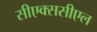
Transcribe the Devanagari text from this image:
सीएक्ससीएल